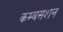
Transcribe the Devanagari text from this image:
कम्बसशन